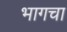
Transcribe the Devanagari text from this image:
भागचा